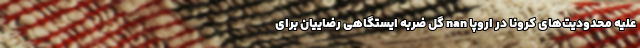
علیه محدودیت‌های کرونا در اروپا nan گل ضربه ایستگاهی رضاییان برای